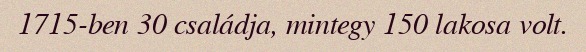
1715-ben 30 családja, mintegy 150 lakosa volt.